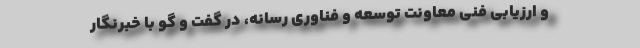
­و­ ارزیابی فنی معاونت توسعه و­ فناوری رسانه، در گفت و گو با خبرنگار